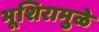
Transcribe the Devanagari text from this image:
भूशिरामुळे